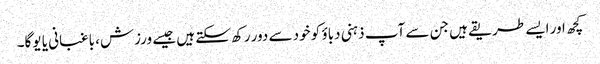
کچھ اور ایسے طریقے ہیں جن سے آپ ذہنی دباؤ کو خود سے دور رکھ سکتے ہیں جیسے ورزش، باغبانی یا یوگا۔